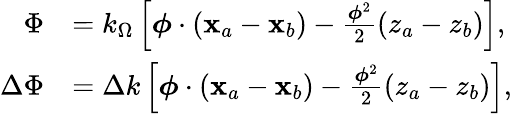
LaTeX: \begin{array}{rl}{\Phi}&{=k_{\Omega}\left[\boldsymbol{\phi}\cdot\left(\mathbf{x}_{a}-\mathbf{x}_{b}\right)-\frac{\boldsymbol{\phi}^{2}}{2}\left(z_{a}-z_{b}\right)\right],}\\ {\Delta\Phi}&{=\Delta k\left[\boldsymbol{\phi}\cdot\left(\mathbf{x}_{a}-\mathbf{x}_{b}\right)-\frac{\boldsymbol{\phi}^{2}}{2}\left(z_{a}-z_{b}\right)\right],}\end{array}